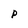
Character: P